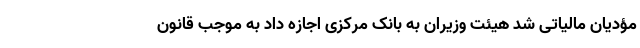
مؤدیان مالیاتی شد هیئت وزیران به بانک مرکزی اجازه داد به موجب قانون